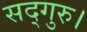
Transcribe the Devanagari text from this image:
सद्गुरु।